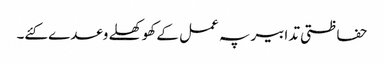
حفاظتی تدابیر پہ عمل کے کھوکھلے وعدے کئے۔